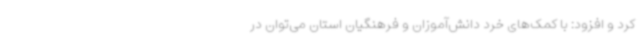
کرد و افزود: با کمک‌های خرد دانش‌آموزان و فرهنگیان استان می‌توان در